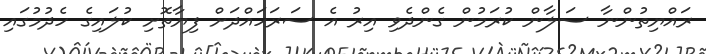
ރައްޔިތުންނާ ސަލާން ކުރަމުން ގެންދެވި އިރު އެ ސަރަހައްދަށް ފިޔާތޮށި ކުލައިގެ ހެދުމުގައި